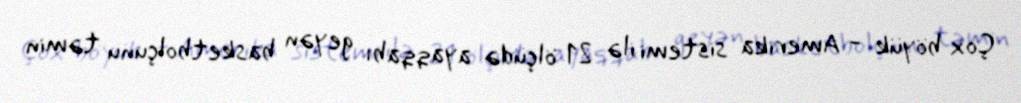
Çox böyük - Amerika sistemi ilə 21 ölçüdə ayaqqabı geyən basketbolçunu təmin